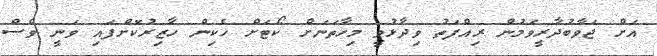
އަށް ޖަވާބުދާރީވަމުން ރިއްފަތު ވިދާޅުވީ މިހާތަނަށް ކޯޓަށް ހެކިން ހާޒިރުކޮށްފައި ވަނީ ވެސް